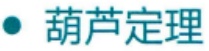
$\bullet$ 葫芦定理